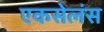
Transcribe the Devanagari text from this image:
एकसेलंस